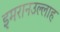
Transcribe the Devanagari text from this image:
इमरानउल्लाह